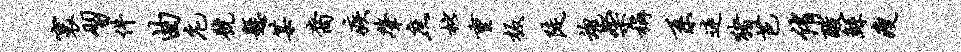
寰习件曲庀号悬某裔疾肇庶枇重板陡魂粲称系迷猪芭侑酸鲧瘦